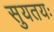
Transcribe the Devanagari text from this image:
सुयतयः